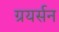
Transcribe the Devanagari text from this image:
ग्रयर्सन